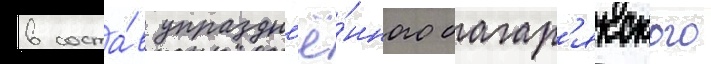
в соста́в упраздн'ё́нного багар'якского